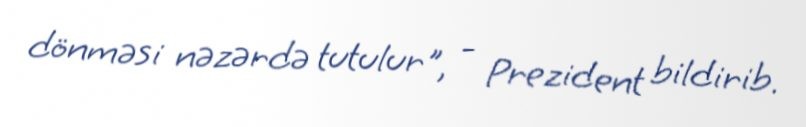
dönməsi nəzərdə tutulur", - Prezident bildirib.